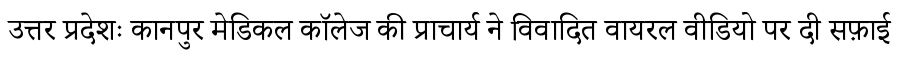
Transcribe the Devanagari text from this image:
उत्तर प्रदेशः कानपुर मेडिकल कॉलेज की प्राचार्य ने विवादित वायरल वीडियो पर दी सफ़ाई